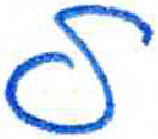
אות: ל